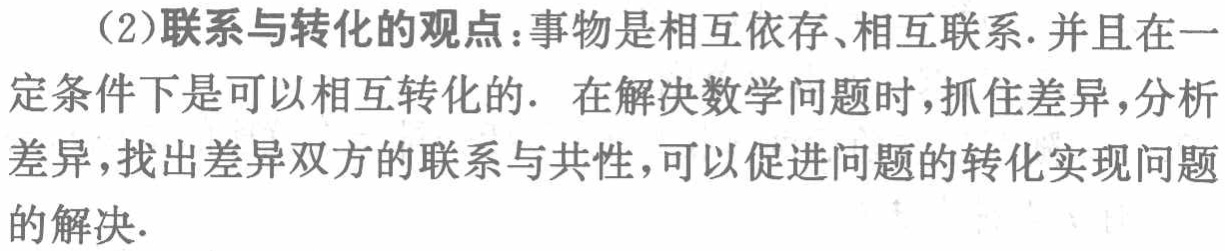
（2）联系与转化的观点：事物是相互依存、相互联系. 并且在一定条件下是可以相互转化的. 在解决数学问题时，抓住差异，分析差异，找出差异双方的联系与共性，可以促进问题的转化实现问题的解决.